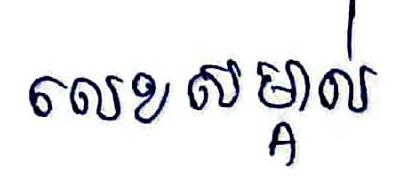
លេខសម្គាល់